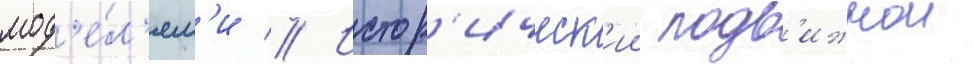
мод'е́л'ям'и // Истор'ическ'ии подв'ижнои